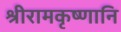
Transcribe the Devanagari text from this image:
श्रीरामकृष्णानि